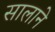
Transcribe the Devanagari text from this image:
सालाने